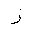
Letter: _zay